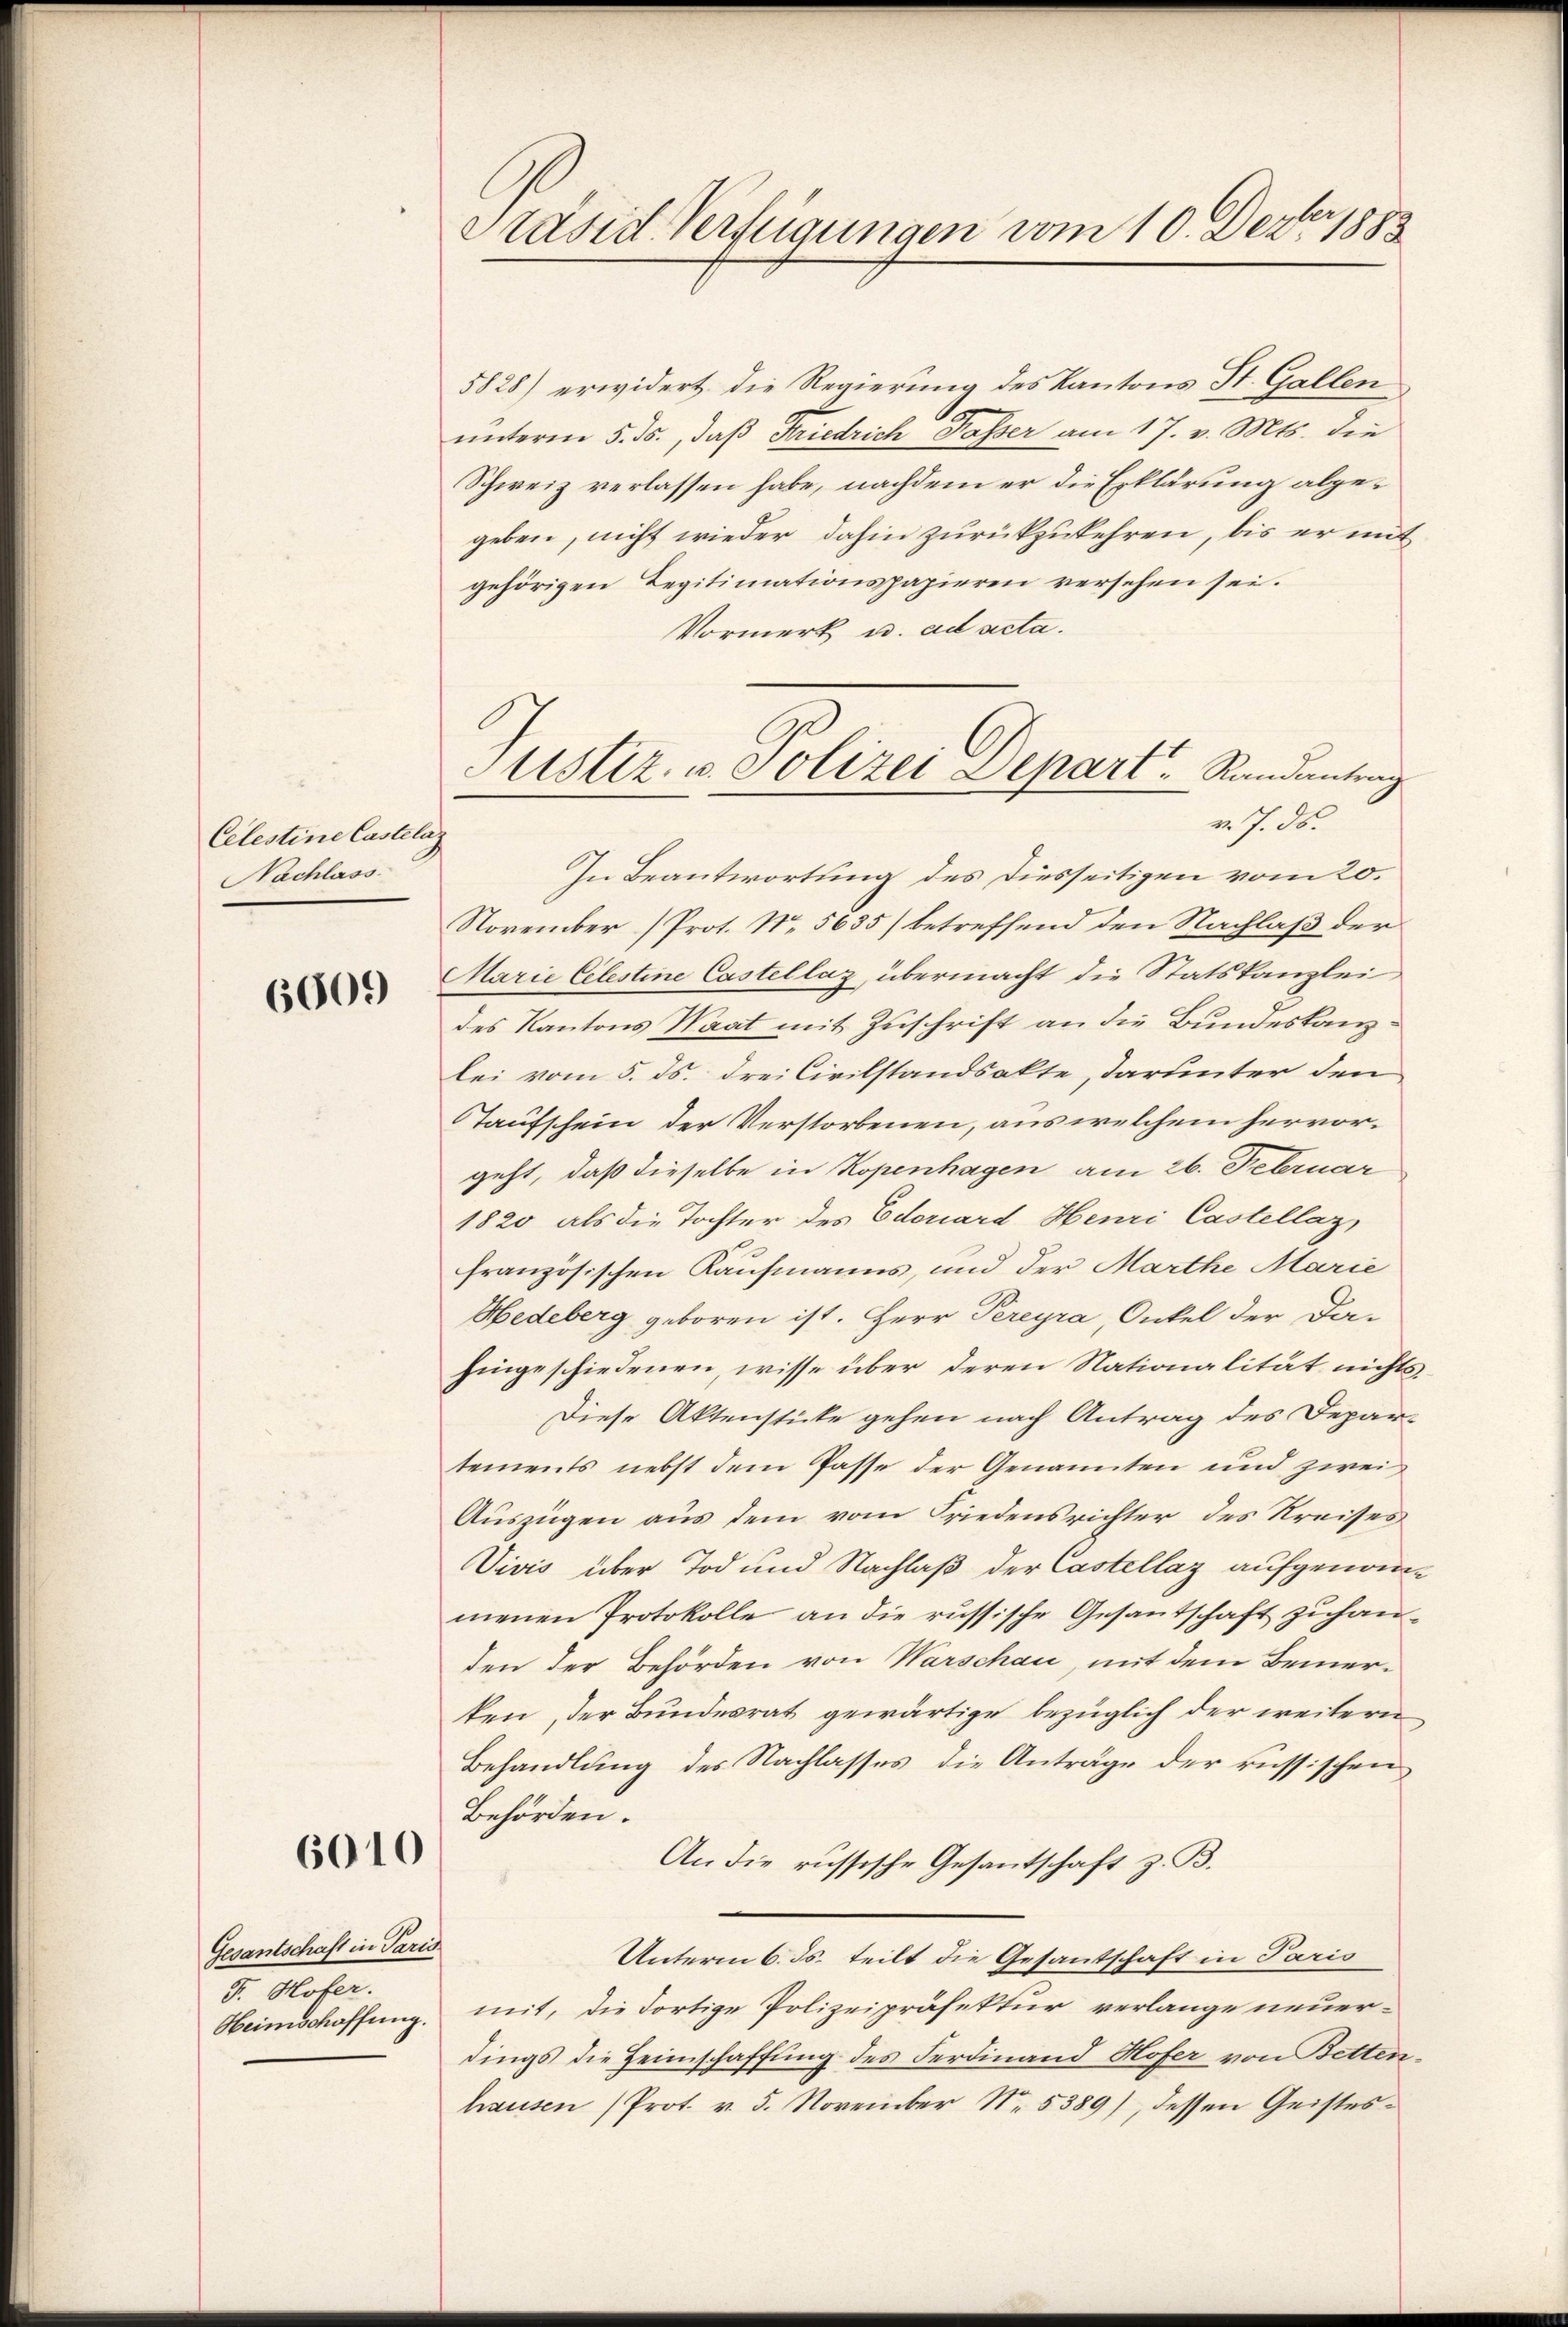
Celestine Casteleg
Nachlass

6605)

6010

Gesantschaft in Paris
J. Hofer.
Heimschaffung.

Präsid. Verfügungen vom 10. Dez. 1883

5828) erwidert die Regierung des Kantons St. Gallen
unterm 5. ds., daß Friedrich Passer am 17. v. Mts. die
Schweiz verlassen habe, nachdem er die Erklärung abgegeben, nicht wieder dahin zurückzukehren, bis er mit
gehörigen Legitimationspapieren versehen sei.
Vormerk u. ad acta.
In Beantwortung des Diesseitigen vom 20.
November (Prot. No 5635/ betreffend den Nachlaß der
Marie Celestine Castellaz, übermacht die Statskanzlei
des Kantons Waat mit Zuschrift an die Bundeskanzlei vom 5. ds. drei Civilstandsakte, darunter den
Taufschein der Verstorbenen, aus welchem hervorgeht, daß dieselbe in Kopenhagen am 26. Februar
1820 als die Tochter des Ederiard Henri Castellaz,
französischen Kaufmanns, und der Marthe Marie
Hedeberg geboren ist. Herr Pereyra, Onkel der Da-
hingeschiedenen, wisse über deren Nationalität nichts-
Diese Aktenstücke gehen nach Antrag des Depar-
tements nebst dem Pässe der Genannten und zwei
Auszügen aus dem vom Friedensrichter des Kreises
Vivis über Tod und Nachlaß der Castellaz aufgenomme
menen Protokolle an die russische Gesantschaft zuhanden der Behörden von Warschau, mit dem Bemerten, der Bundesrat gewärtige bezüglich der weitern
Behandlung des Nachlasses, die Anträge der russischen
Behörden.
An die russische Gesantschaft z. B.
Unterm 6. ds. teilt die Gesantschaft in Paris
mit, die dortige Polizeipräfektur verlange neuerdings die Heimschaffung des Ferdinand Hofer von Betten-
hausen (Prot. v. 5. November No. 5389), dessen Geistes-

Justiz- u. Polizei Depart. Randantrag
v. J. de